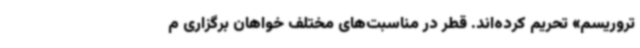
تروریسم» تحریم کرده‌اند. قطر در مناسبت‌های مختلف خواهان برگزاری م